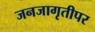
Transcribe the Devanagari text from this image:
जनजागृतीपर